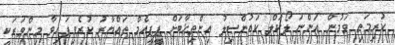
ކުރިމަތި ވަމުން އަންނަ ލޯކަލް ކައުންސިލު އިންތިޚާބަށް ޕީޕީއެމް ތައްޔާރު ކުރެވިފައިވާ މިންވަރަކީ